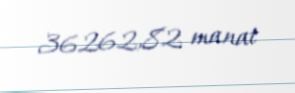
36262,82 manat